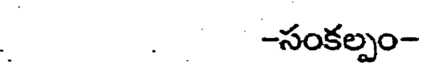
. -సంకల్పం-